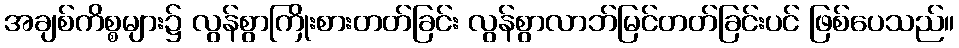
အချစ်ကိစ္စများ၌ လွန်စွာကြိုးစားတတ်ခြင်း လွန်စွာလာဘ်မြင်တတ်ခြင်းပင် ဖြစ်ပေသည်။